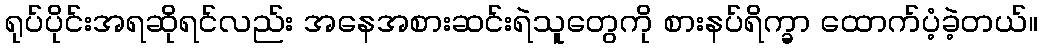
ရုပ်ပိုင်းအရဆိုရင်လည်း အနေအစားဆင်းရဲသူတွေကို စားနပ်ရိက္ခာ ထောက်ပံ့ခဲ့တယ်။